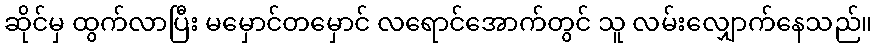
ဆိုင်မှ ထွက်လာပြီး မမှောင်တမှောင် လရောင်အောက်တွင် သူ လမ်းလျှောက်နေသည်။